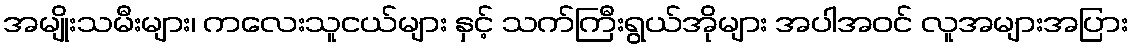
အမျိုးသမီးများ၊ ကလေးသူငယ်များ နှင့် သက်ကြီးရွယ်အိုများ အပါအဝင် လူအများအပြား